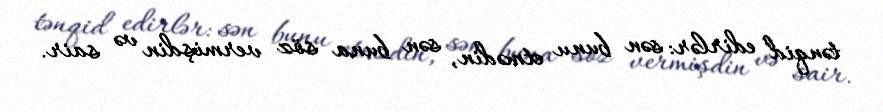
tənqid edirlər: sən bunu etmədin, sən buna söz vermişdin və sair.